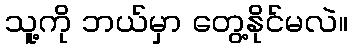
သူ့ကို ဘယ်မှာ တွေ့နိုင်မလဲ။